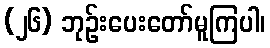
(၂၆) ဘုဉ်းပေးတော်မူကြပါ၊